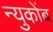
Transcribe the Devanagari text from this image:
न्युकोंब